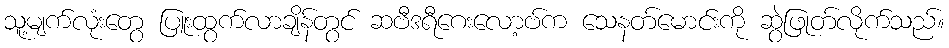
သူ့မျက်လုံးတွေ ပြူးထွက်လာချိန်တွင် ဆဗီဒရီဂေးလော့ဗ်က သေနတ်မောင်းကို ဆွဲဖြုတ်လိုက်သည်။